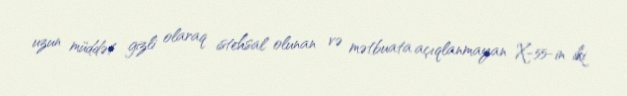
uzun müddət gizli olaraq istehsal olunan və mətbuata açıqlanmayan X-55-in iki